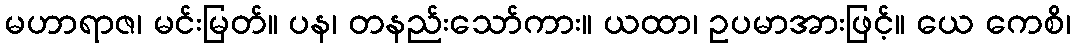
မဟာရာဇ၊ မင်းမြတ်။ ပန၊ တနည်းသော်ကား။ ယထာ၊ ဥပမာအားဖြင့်။ ယေ ကေစိ၊